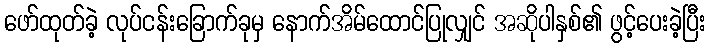
ဖော်ထုတ်ခဲ့ လုပ်ငန်းခြောက်ခုမှ နောက်အိမ်ထောင်ပြုလျှင် အဆိုပါနှစ်၏ ဖွင့်ပေးခဲ့ပြီး